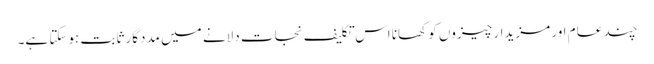
چند عام اور مزیدار چیزوں کو کھانا اس تکلیف نجات دلانے میں مددگار ثابت ہوسکتا ہے۔